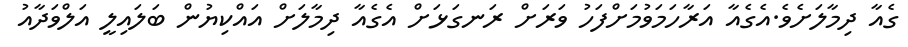
ގެއާ ދިމާލަށެވެ.އެގެއާ އަރާހަމަވުމަށްފަހު ވަރަށް ރަނގަޅަށް އެގެއާ ދިމާލަށް އައްކިޔުން ބަލައިލީ އަލްވަދާއު